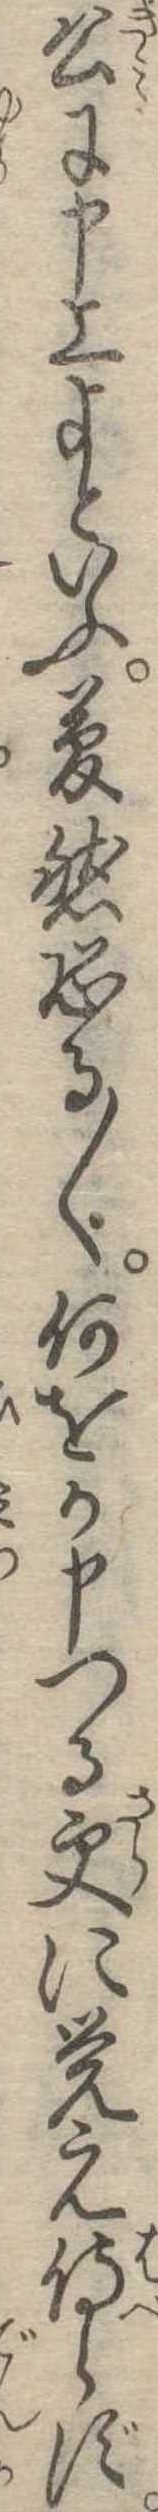
公に申上よといふ夢然恐る〱何をか申つる更に覚え侍らず